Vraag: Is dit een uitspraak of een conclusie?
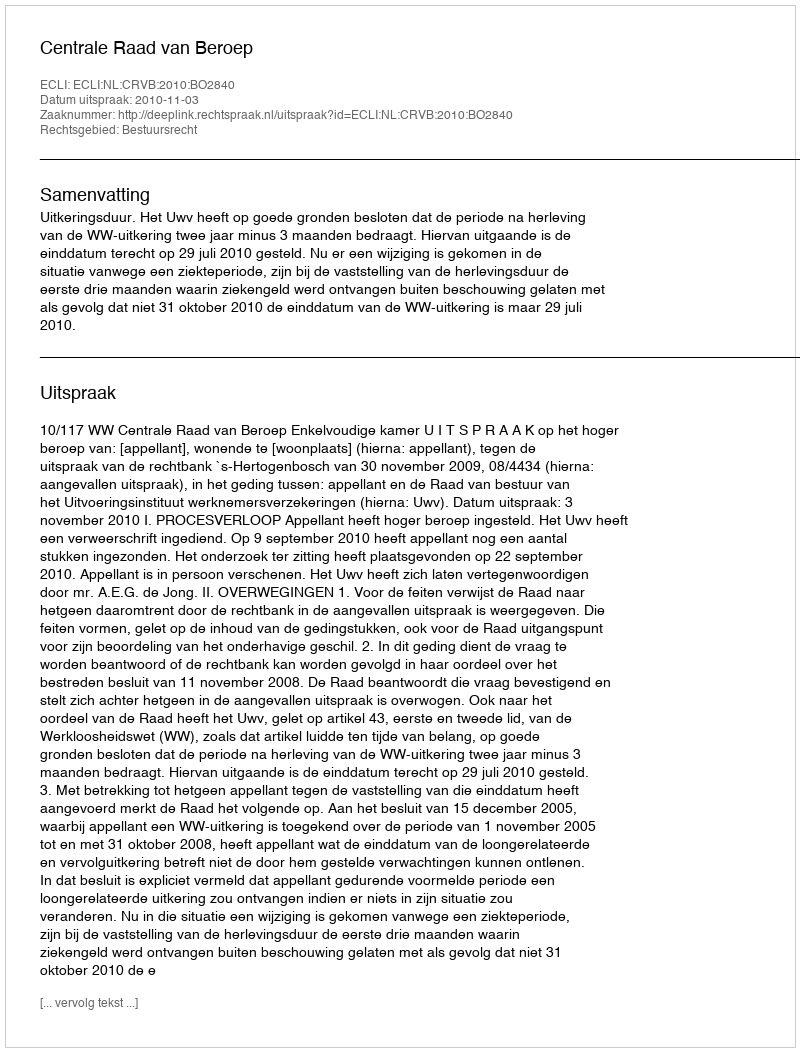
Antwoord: Uitspraak